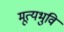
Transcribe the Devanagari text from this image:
मूत्यभुवि